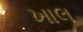
ખાલ